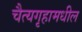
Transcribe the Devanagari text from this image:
चैत्यगृहामधील